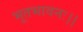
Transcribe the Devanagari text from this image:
भूतभावनः।।